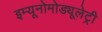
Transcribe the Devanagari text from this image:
इम्यूनोमोड्यूलेट्री